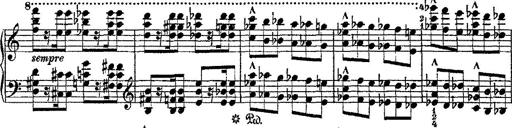
Title: Fantaisie romantique sur deux mÃ©lodies suisses
Composer: Franz Liszt